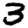
Digit: 3